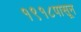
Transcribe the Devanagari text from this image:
१९१८पासून